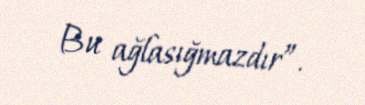
Bu ağlasığmazdır”.